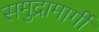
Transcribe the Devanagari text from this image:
समुद्रामार्गी